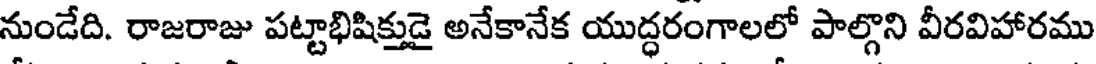
నుండేది. రాజరాజు పట్టాభిషిక్తుడై అనేకానేక యుద్ధరంగాలలో పాల్గొని వీరవిహారము